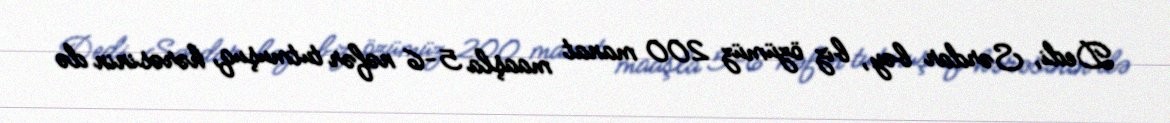
Dedi, Sərdar bəy, biz özümüz 200 manat maaşla 5-6 nəfər tutmuşuq, hərəsinin də